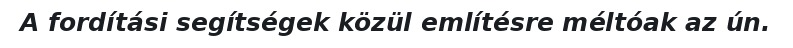
A fordítási segítségek közül említésre méltóak az ún.